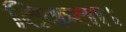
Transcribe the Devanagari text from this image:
टिकता।